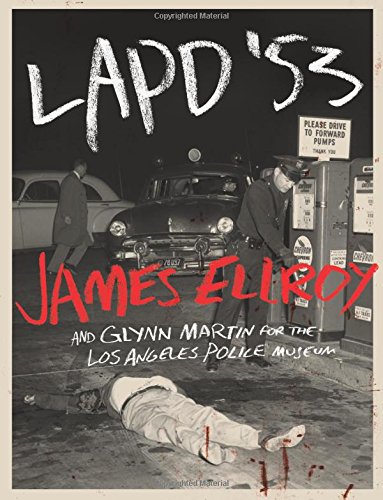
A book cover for LAPD '53; James Ellroy; Arts & Photography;